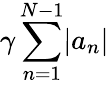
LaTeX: \gamma\sum_{n=1}^{N-1}\lvert a_{n}\rvert